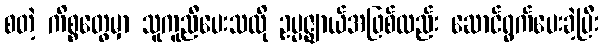
စတဲ့ ကိစ္စတွေမှာ သူကူညီပေးသလို ဥပ္ပဇ္ဈာယ်အဖြစ်လည်း ဆောင်ရွက်ပေးခဲ့ပြီး